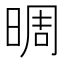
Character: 晭